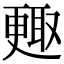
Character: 𣍇